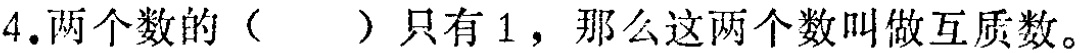
4.两个数的（  ）只有1，那么这两个数叫做互质数。